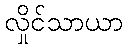
လှိုင်သာယာ